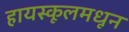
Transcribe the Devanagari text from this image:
हायस्‍कूलमधून